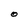
Character: O